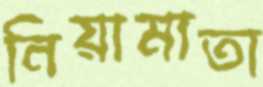
নিয়ামাতা